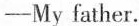
—My father.